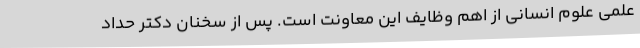
علمی علوم انسانی از اهم وظایف این معاونت است. پس از سخنان دکتر حداد